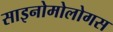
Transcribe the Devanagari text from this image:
साइनोमोलोगस